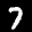
Label: 7